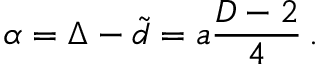
\alpha = \Delta - \tilde { d } = a { \frac { D - 2 } { 4 } } \, .